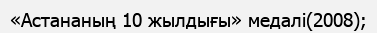
«Астананың 10 жылдығы» медалі(2008);